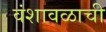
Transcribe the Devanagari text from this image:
वंशावळाची